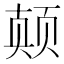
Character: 𱂪